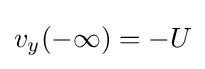
v_{y}(-\infty )=-U